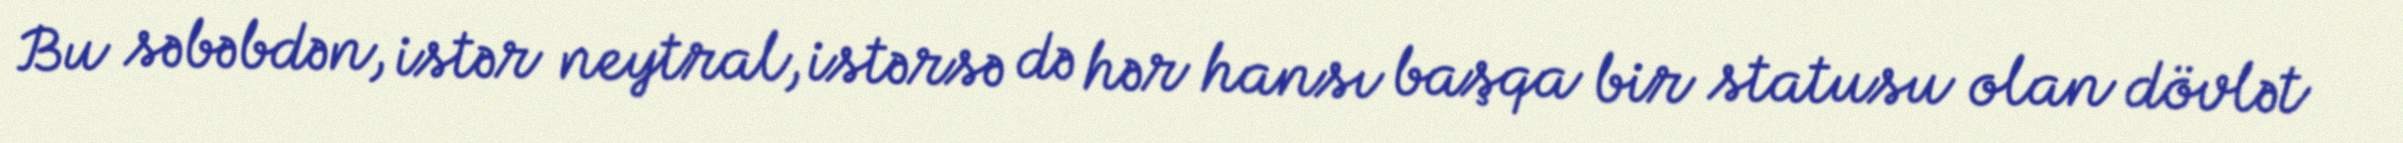
Bu səbəbdən, istər neytral, istərsə də hər hansı başqa bir statusu olan dövlət